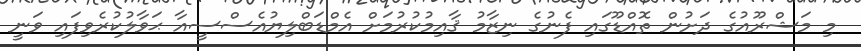
މި މަޝްރޫއުގެ ދަށުން ތޮއްޑޫގައި ފެނުގެ ނިޒާމު ޤާއިމުކުރުމަށް އެމްޑަބްލިޔުއެސްސީއާ ޙަވާލުކުރެވިފައި ވަނީ